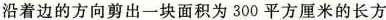
沿着边的方向剪出一块面积为300平方厘米的长方